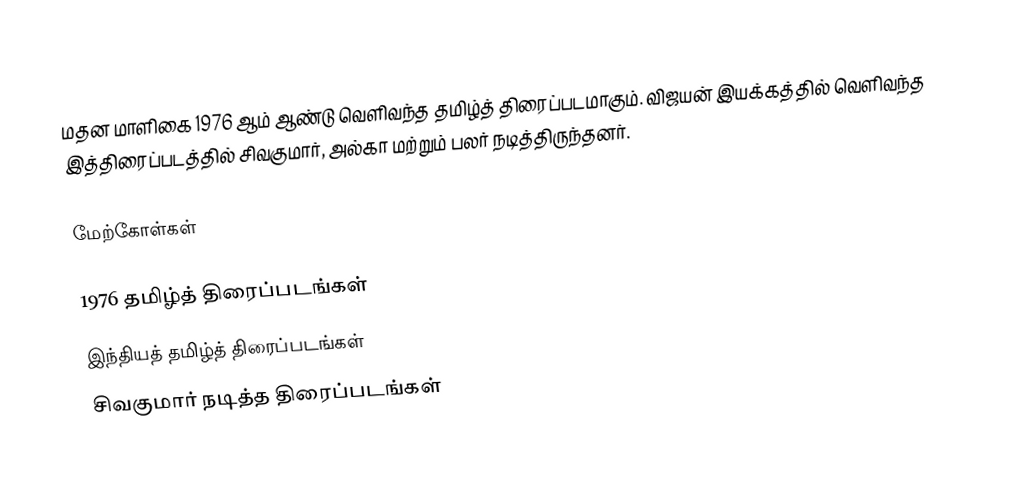
மதன மாளிகை 1976 ஆம் ஆண்டு வெளிவந்த தமிழ்த் திரைப்படமாகும். விஜயன் இயக்கத்தில் வெளிவந்த இத்திரைப்படத்தில் சிவகுமார், அல்கா மற்றும் பலர் நடித்திருந்தனர்.

மேற்கோள்கள்

1976 தமிழ்த் திரைப்படங்கள்
இந்தியத் தமிழ்த் திரைப்படங்கள்
சிவகுமார் நடித்த திரைப்படங்கள்